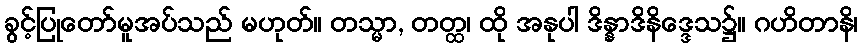
ခွင့်ပြုတော်မူအပ်သည် မဟုတ်။ တသ္မာ, တတ္ထ၊ ထို အနုပါ ဒိန္နာဒိနိဒ္ဒေသ၌။ ဂဟိတာနိ၊